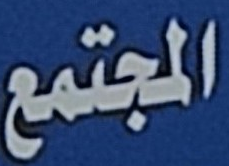
المجتمع